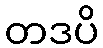
တဒပိ